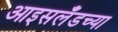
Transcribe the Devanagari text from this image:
आइसलँडच्या